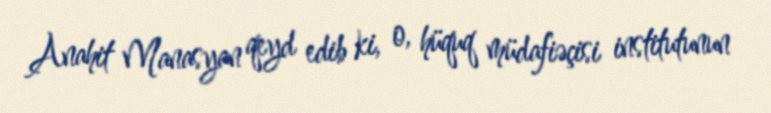
Anahit Manasyan qeyd edib ki, o, hüquq müdafiəçisi institutunun